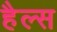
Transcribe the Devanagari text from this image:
हैल्स